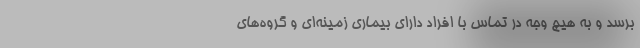
برسد و به هیچ وجه در تماس با افراد دارای بیماری زمینه‌ای و گروه‌های